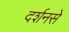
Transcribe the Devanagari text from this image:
दर्शनसे